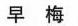
早梅